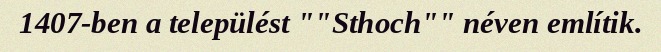
1407-ben a települést ""Sthoch"" néven említik.